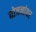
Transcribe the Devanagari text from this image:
योजनांवर